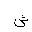
Letter: _shin